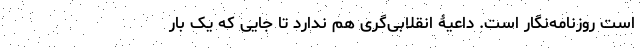
است روزنامه‌نگار است. داعیۀ انقلابی‌گری هم ندارد تا جایی که یک بار